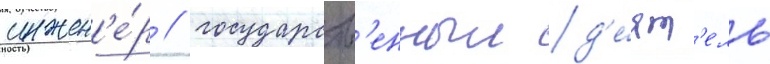
инжен'е́р / государств'енныи д'е́ят'ель